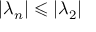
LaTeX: | \lambda _ { n } | \leqslant | \lambda _ { 2 } |